Scottish Leaving Certificate Examination, 1958
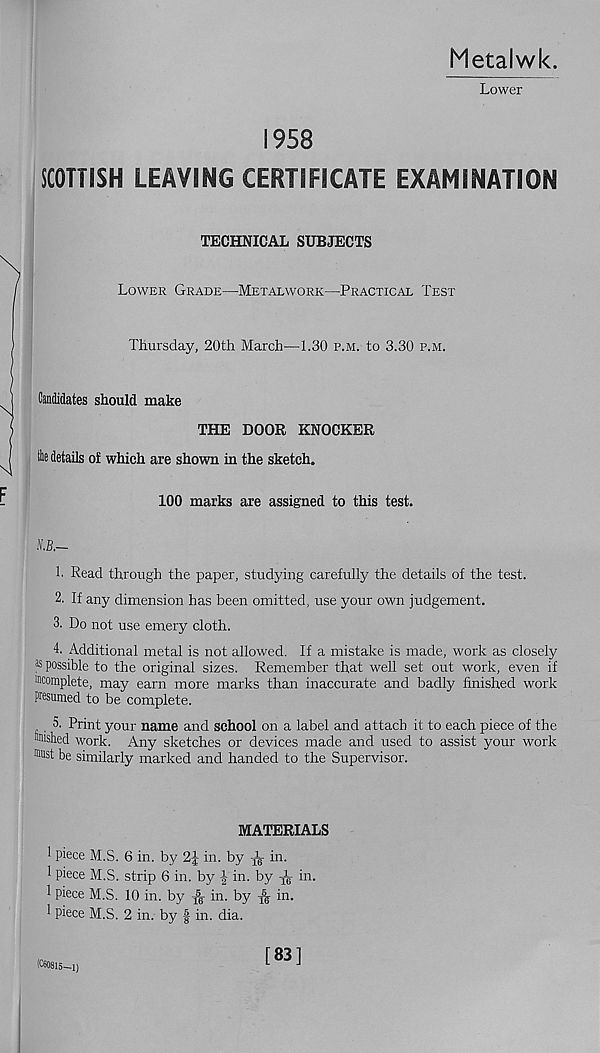
Metalwk.
Lower
1958
SCOTTISH LEAVING CERTIFICATE EXAMINATION
TECHNICAL SUBJECTS
Lower Grade—Metalwork—Practical Test
Thursday, 20th March—1.30 p.m. to 3.30 p.m.
Candidates should make
THE DOOR KNOCKER
the details of which are shown in the sketch.
100 marks are assigned to this test.
IB.—
1. Read through the paper, studying carefully the details of the test.
2. If any dimension has been omitted, use your own judgement.
3. Do not use emery cloth.
4. Additional metal is not allowed. If a mistake is made, work as closely
® possible to the original sizes. Remember that well set out work, even if
mcomplete, may earn more marks than inaccurate and badly finished work
presumed to be complete.
, 5. Print your name and school on a label and attach it to each piece of the
Wished work. Any sketches or devices made and used to assist your work
" lust be similarly marked and handed to the Supervisor.
MATERIALS
1 piece M.S. 6 in. by 2| in. by
in.
1 piece M.S. strip 6 in. by in. by
in.
1 piece M.S. 10 in. by ^ in. by ^ in.
1 piece M.S. 2 in. by f in. dia.
(CflBlS—1)
[83]